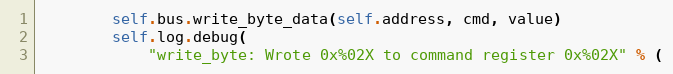
Language: Python
        self.bus.write_byte_data(self.address, cmd, value)
        self.log.debug(
            "write_byte: Wrote 0x%02X to command register 0x%02X" % (